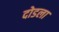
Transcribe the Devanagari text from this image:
दोडला